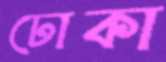
ঢোকা